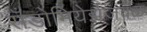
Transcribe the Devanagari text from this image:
सँडोमियेर्झजवळ